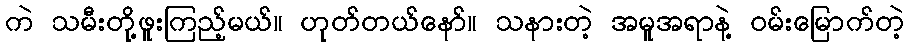
ကဲ သမီးတို့ဖူးကြည့်မယ်။ ဟုတ်တယ်နော်။ သနားတဲ့ အမူအရာနဲ့ ဝမ်းမြောက်တဲ့